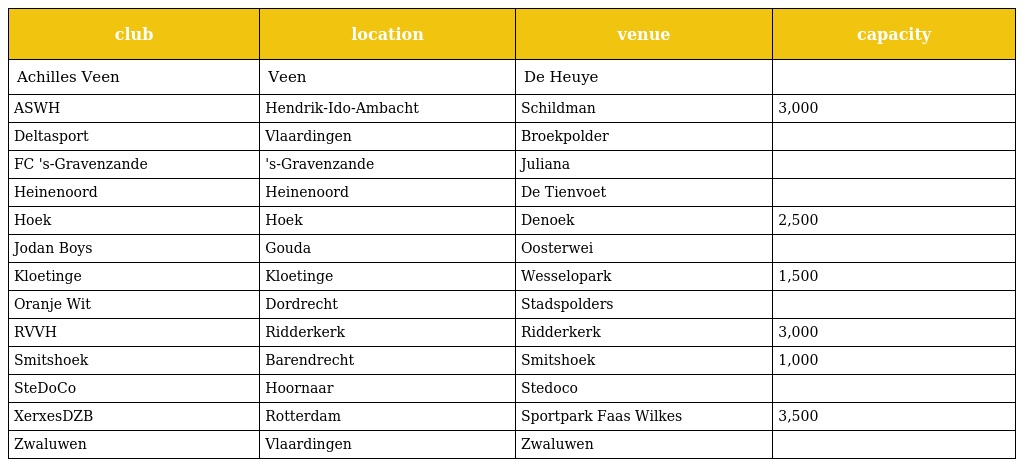
| club | location | venue | capacity |
 | --- | --- | --- | --- |
 | Achilles Veen | Veen | De Heuye |  |
 | ASWH | Hendrik-Ido-Ambacht | Schildman | 3,000 |
 | Deltasport | Vlaardingen | Broekpolder |  |
 | FC 's-Gravenzande | 's-Gravenzande | Juliana |  |
 | Heinenoord | Heinenoord | De Tienvoet |  |
 | Hoek | Hoek | Denoek | 2,500 |
 | Jodan Boys | Gouda | Oosterwei |  |
 | Kloetinge | Kloetinge | Wesselopark | 1,500 |
 | Oranje Wit | Dordrecht | Stadspolders |  |
 | RVVH | Ridderkerk | Ridderkerk | 3,000 |
 | Smitshoek | Barendrecht | Smitshoek | 1,000 |
 | SteDoCo | Hoornaar | Stedoco |  |
 | XerxesDZB | Rotterdam | Sportpark Faas Wilkes | 3,500 |
 | Zwaluwen | Vlaardingen | Zwaluwen |  |